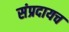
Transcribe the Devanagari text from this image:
संप्रदायच